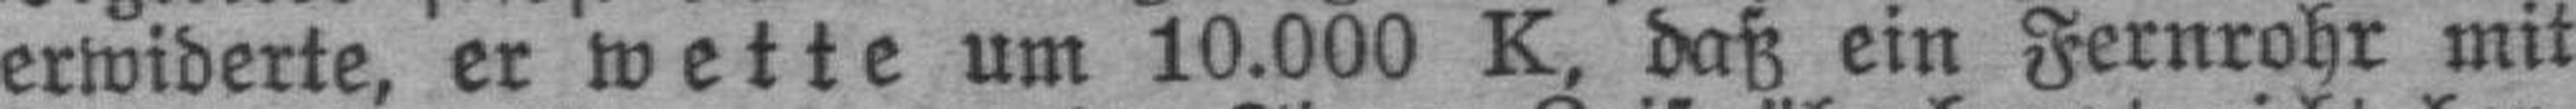
erwiderte, er wette um 10.000 K, daß ein Fernrohr mit